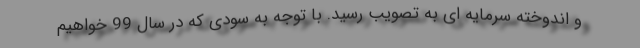
و اندوخته سرمایه ای به تصویب رسید. با توجه به سودی که در سال 99 خواهیم